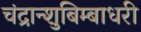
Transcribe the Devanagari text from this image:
चंद्रान्शुबिम्बाधरी